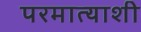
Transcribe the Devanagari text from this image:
परमात्याशी